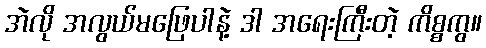
အဲလို အလွယ်မဖြေပါနဲ့ ဒါ အရေးကြီးတဲ့ ကိစ္စကွ။